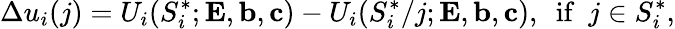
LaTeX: \Delta u_{i}(j)=U_{i}(S_{i}^{*};{\mathbf{E}},{\mathbf{b}},{\mathbf{c}})-U_{i}(S_{i}^{*}/{j};{\mathbf{E}},{\mathbf{b}},{\mathbf{c}}),~~{\mathrm{if}}~~j\in S_{i}^{*},